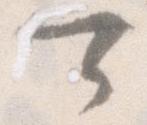
可